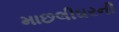
માછલીઘરની